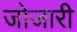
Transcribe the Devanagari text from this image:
जोजारी